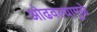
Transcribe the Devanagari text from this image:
ओढवल्यामुळे